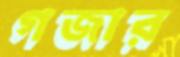
গজার